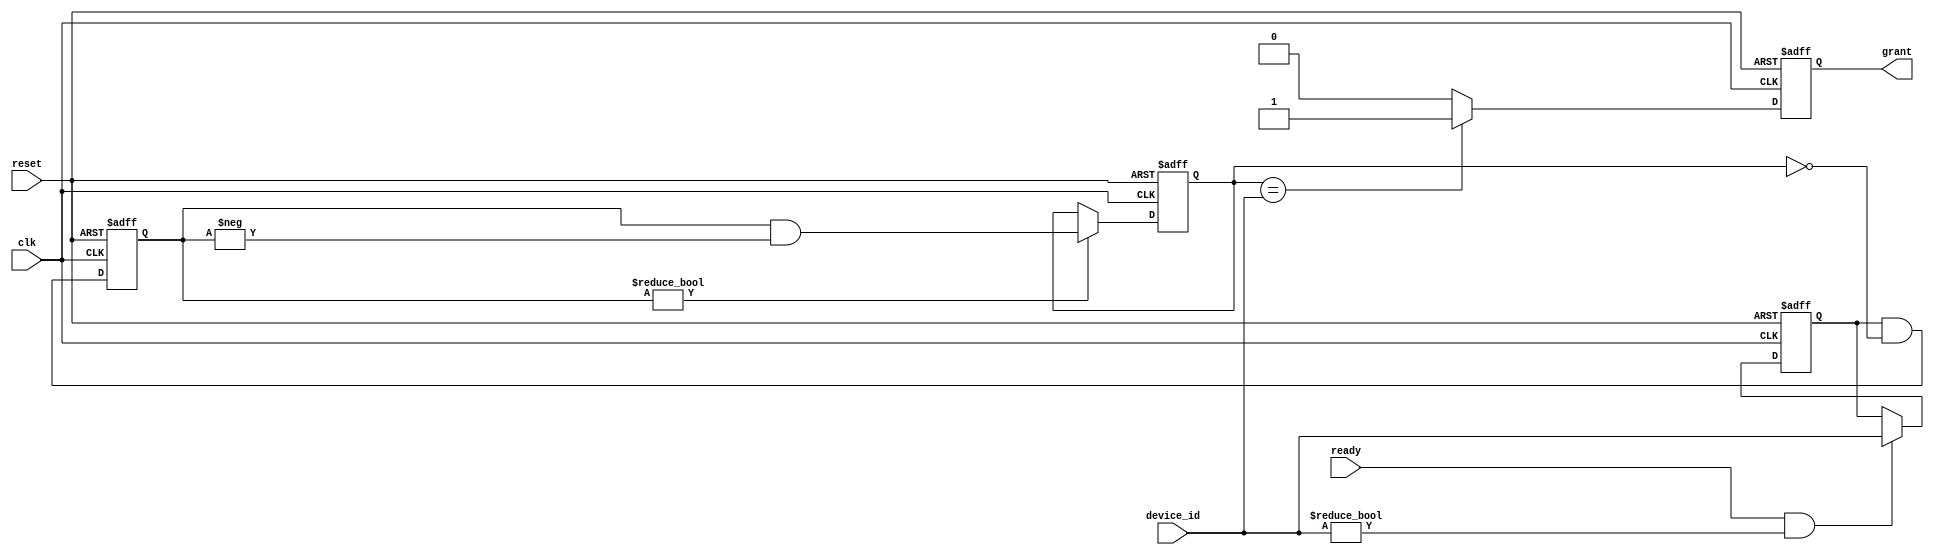
module serial_arbiter (
  input wire clk,
  input wire reset,
  input wire ready,
  input wire [7:0] device_id,
  output reg grant
);

reg [7:0] pending_request;
reg [7:0] grant_request;
reg [7:0] grant_priority;

always @ (posedge clk or posedge reset) begin
  if (reset) begin
    pending_request <= 8'b0;
    grant_request <= 8'b0;
    grant_priority <= 8'b0;
    grant <= 1'b0;
  end else begin
    if (ready && device_id != 8'b0) begin
      pending_request <= device_id;
    end
    
    grant_request <= pending_request & ~grant_priority;
    
    if (grant_request != 8'b0) begin
      grant_priority <= grant_request & -grant_request;
    end
    
    if (grant_priority == device_id) begin
      grant <= 1'b1;
    end else begin
      grant <= 1'b0;
    end
  end
end

endmodule